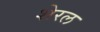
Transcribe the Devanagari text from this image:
शेरल